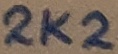
Text: 2K2